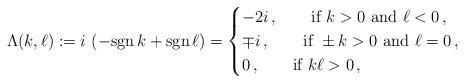
LaTeX: \begin{align*}\Lambda(k,\ell):=i\,\left(-{\rm sgn}\,k+{\rm sgn}\,\ell\right)=\begin{cases}-2i\,,\qquad\mbox{if}\,\,k>0\,\,\mbox{and}\,\,\ell<0\,,\\\mp i\,,\qquad\mbox{if}\,\,\pm k>0\,\,\mbox{and}\,\,\ell=0\,,\\0\,,\qquad\mbox{if}\,\,k\ell>0\,,\end{cases}\end{align*}